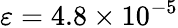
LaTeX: \varepsilon=4.8\times 10^{-5}